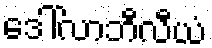
ဒေါ်လာဘီလီယံ